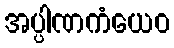
အပ္ပါဏကံယေဝ